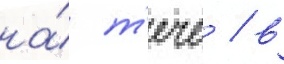
на́ т'ече / в